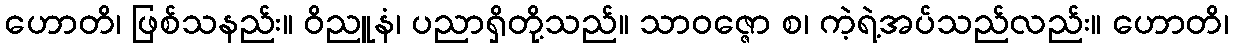
ဟောတိ၊ ဖြစ်သနည်း။ ဝိညူနံ၊ ပညာရှိတို့သည်။ သာဝဇ္ဇော စ၊ ကဲ့ရဲ့အပ်သည်လည်း။ ဟောတိ၊